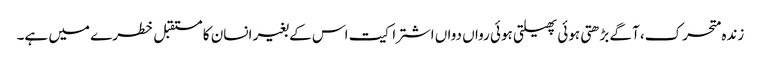
زندہ متحرک، آگے بڑھتی ہوئی پھیلتی ہوئی رواں دواں اشتراکیت اس کے بغیر انسان کا مستقبل خطرے میں ہے۔